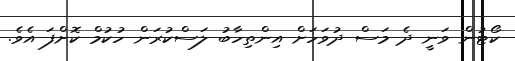
ކޯޓުން ވަނީ ދެ މަސް ދުވަހަށް އިންތިހާބު ލަސްކުރަން ހުކުމް ކޮށްފަ އެވެ.